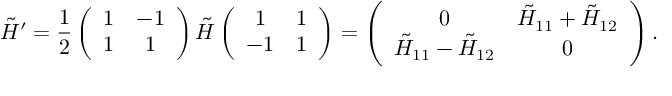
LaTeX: \tilde { H } ^ { \prime } = \frac 1 2 \left( \begin{array} { c c } { { 1 } } & { { - 1 } } \\ { { 1 } } & { { 1 } } \end{array} \right) \tilde { H } \left( \begin{array} { c c } { { 1 } } & { { 1 } } \\ { { - 1 } } & { { 1 } } \end{array} \right) = \left( \begin{array} { c c } { { 0 } } & { { \tilde { H } _ { 1 1 } + \tilde { H } _ { 1 2 } } } \\ { { \tilde { H } _ { 1 1 } - \tilde { H } _ { 1 2 } } } & { { 0 } } \end{array} \right) .